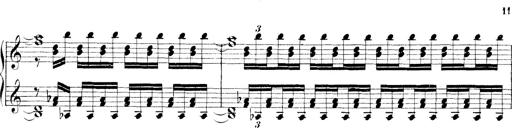
Title: Technische Studien
Composer: Franz Liszt